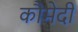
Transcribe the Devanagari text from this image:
कौमेदी